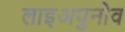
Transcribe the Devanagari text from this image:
लाइअपुनोव